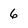
Character: 6